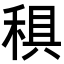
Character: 𥟭